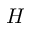
H